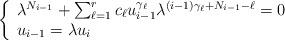
LaTeX: \begin{align*}\left\{\begin{array}{l}\lambda^{N_{i-1}}+\sum_{\ell=1}^{r} c_\ell u_{i-1}^{\gamma_\ell}\lambda^{(i-1)\gamma_\ell+N_{i-1}-\ell}=0 \\u_{i-1}=\lambda u_{i}\end{array}\right.\end{align*}